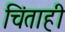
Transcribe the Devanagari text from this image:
चिंताही